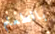
بالطعام